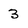
Character: 3